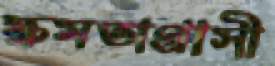
ক্ষমতাগ্রাসী